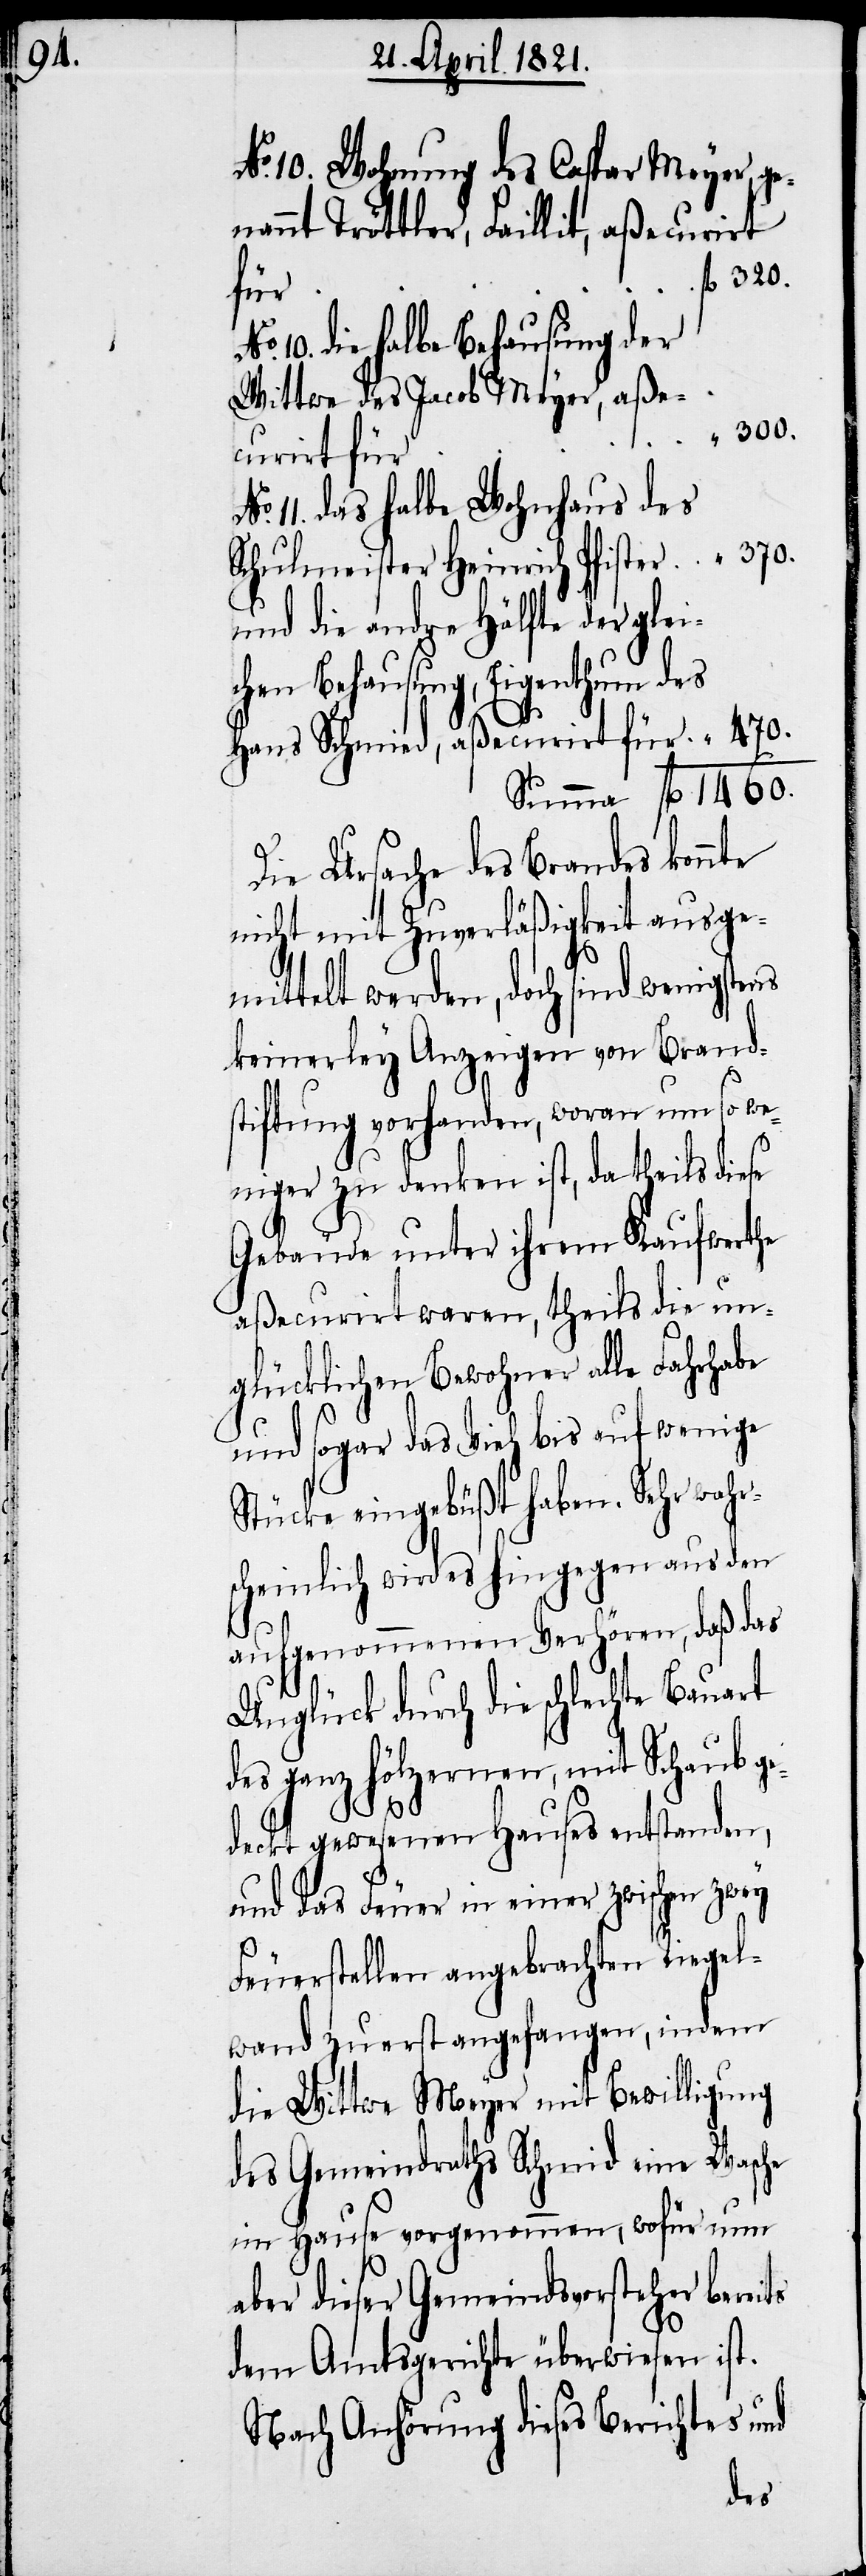
No. 10. Wohnung des Caspar Meyer, ge¬
annt Tröttler, Faillit, aßecurirt
für
10. die halbe Behausung der
Wittwe des Jacob Meyer, aße¬
300.
curirt für
11. das halbe Wohnhaus des
370.
Schulmeister Heinrich Pfister
und die andre Hälfte der gle¬
ichen Behausung, Eigenthum des
1460.
Hans Schmid, aßecurirt für
Die Ursache des Brandes konnte
nicht mit Zuverläßigkeit ausge¬
mittelt werden, doch sind wenigstens
keinerley Anzeigen von Brand¬
stiftung vorhanden, woran um so we¬
niger zu denken ist, da theils diese
Gebäude unter ihrem Kaufwerthe
aßecurirt waren theils die un¬
glücklichen Bewohner alle Fahrhabe
und sogar das Vieh bis auf wenige
Stücke eingebüßt haben. Sehr wahr¬
scheinlich wird es hingegen aus den
aufgenommenen Verhören, daß das
Unglück durch die schlechte Bauart
des ganz hölzernen, mit Schaub ge¬
deckt gewesenen Hauses entstanden,
und das Feuer in einer zwischen zwey
Feuerstellen angebrachten Riegel¬
wand zuerst angefangen, indem
die Wittwe Meyer mit Bewilligung
des Gemeindraths Schmid eine Wasche
im Hause vorgenommen, wofür nun
aber dieser Gemeindsvorsteher bereits
dem Amtsgerichte überwiesen ist.
Nach Anhörung dieses Berichtes und